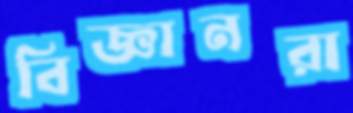
বিজ্ঞানরা